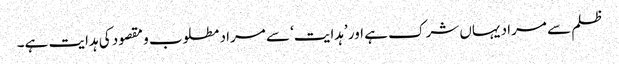
ظلم سے مراد یہاں شرک ہے اور ’ہدایت‘ سے مراد مطلوب و مقصود کی ہدایت ہے۔